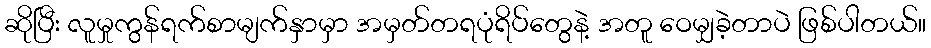
ဆိုပြီး လူမှုကွန်ရက်စာမျက်နှာမှာ အမှတ်တရပုံရိပ်တွေနဲ့ အတူ ဝေမျှခဲ့တာပဲ ဖြစ်ပါတယ်။